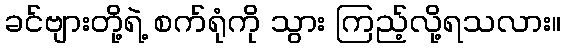
ခင်ဗျားတို့ရဲ့ စက်ရုံကို သွား ကြည့်လို့ရသလား။